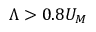
\Lambda > 0 . 8 U _ { M }